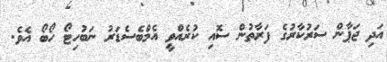
އަދި ޖަޕާން ސަރުކާރުގެ ފަރާތުން ސޮއި ކުރެއްވީ އެމްބެސެޑަރު ނަބުހިޓޯ ހޯބޯ އެވެ.